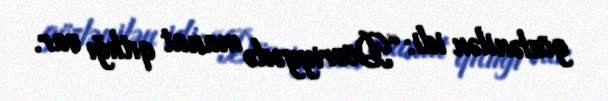
gözlənilən idi: “Dövriyyədə manat qıtlığı var.